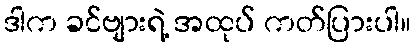
ဒါက ခင်ဗျားရဲ့ အထုပ် ကတ်ပြားပါ။